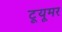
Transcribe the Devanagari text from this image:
टूयूमर